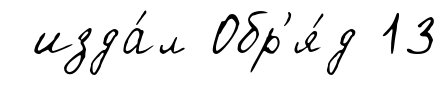
изда́л Обр'я́д 13